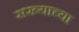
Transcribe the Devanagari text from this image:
सख्याच्या